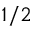
1 / 2